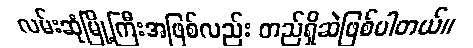
လမ်းဆုံမြို့ကြီးအဖြစ်လည်း တည်ရှိဆဲဖြစ်ပါတယ်။